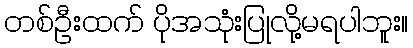
တစ်ဦးထက် ပိုအသုံးပြုလို့မရပါဘူး။